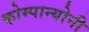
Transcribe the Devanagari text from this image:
कोम्पान्योनी